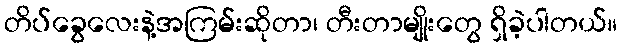
တိပ်ခွေလေးနဲ့အကြမ်းဆိုတာ၊ တီးတာမျိုးတွေ ရှိခဲ့ပါတယ်။